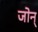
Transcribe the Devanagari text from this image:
जोन्